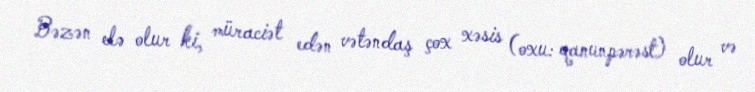
Bəzən elə olur ki, müraciət edən vətəndaş çox xəsis (oxu: qanunpərəst) olur və